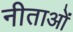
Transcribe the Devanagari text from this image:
नीताओं